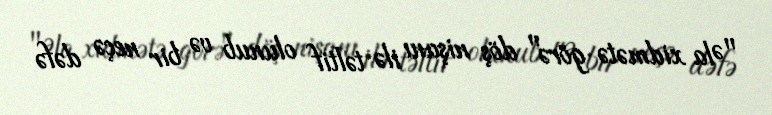
"Əla xidmətə görə" döş nişanı ilə təltif olunub və bir neçə dəfə